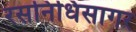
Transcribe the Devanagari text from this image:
रसनिधिसागर